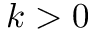
k > 0